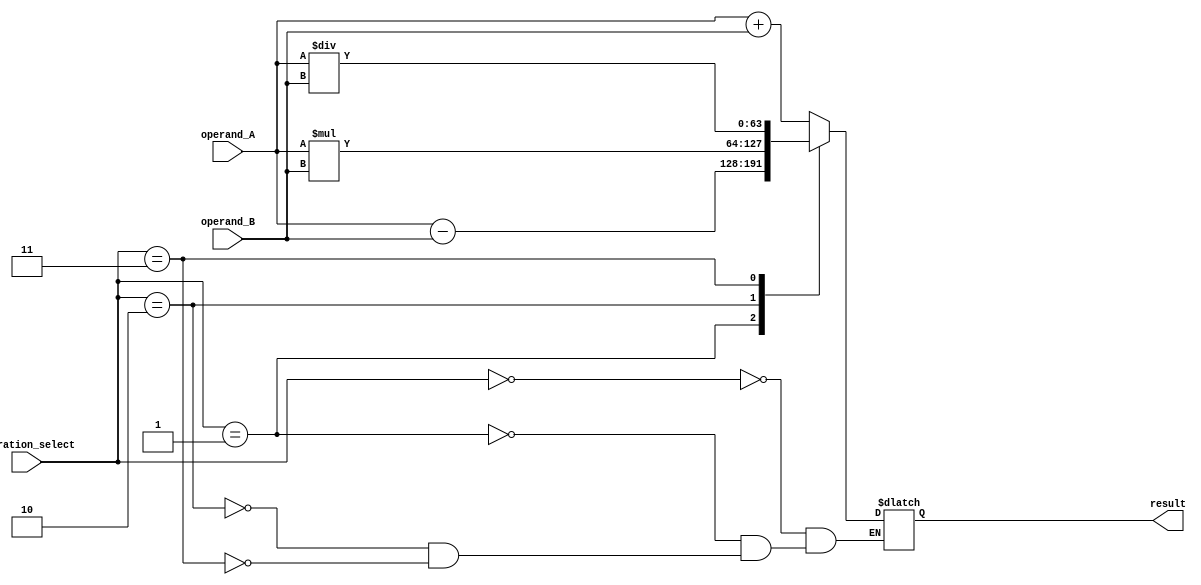
module double_precision_fpu (
    input [63:0] operand_A,
    input [63:0] operand_B,
    input [2:0] operation_select, // 0: addition, 1: subtraction, 2: multiplication, 3: division
    output reg [63:0] result
);

reg [63:0] intermediate_value;

always @ (operand_A or operand_B or operation_select)
begin
    case (operation_select)
        0: intermediate_value = operand_A + operand_B; // Addition
        1: intermediate_value = operand_A - operand_B; // Subtraction
        2: intermediate_value = operand_A * operand_B; // Multiplication
        3: intermediate_value = operand_A / operand_B; // Division
    endcase
end

// Control logic for error handling and rounding could be added here

assign result = intermediate_value;

endmodule